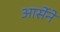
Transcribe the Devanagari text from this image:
आर्सेने